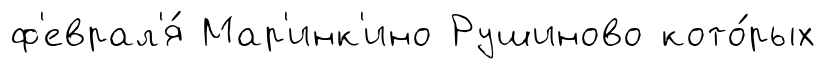
ф'еврал'я́ Мар'инк'ино Рушиново кото́рых